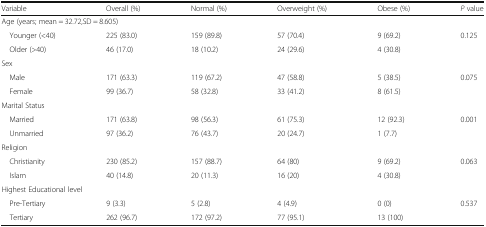
| Variable | Overall (%) | Normal (%) | Overweight (%) | Obese (%) | P value |
 | --- | --- | --- | --- | --- | --- |
 | <COLSPAN=6> Age (years; mean = 32.72,SD = 8.605) |
 | Younger (<40) | 225 (83.0) | 159 (89.8) | 57 (70.4) | 9 (69.2) | <ROWSPAN=2> 0.125 |
 | Older (>40) | 46 (17.0) | 18 (10.2) | 24 (29.6) | 4 (30.8) |
 | <COLSPAN=6> Sex |
 | Male | 171 (63.3) | 119 (67.2) | 47 (58.8) | 5 (38.5) | <ROWSPAN=2> 0.075 |
 | Female | 99 (36.7) | 58 (32.8) | 33 (41.2) | 8 (61.5) |
 | <COLSPAN=6> Marital Status |
 | Married | 171 (63.8) | 98 (56.3) | 61 (75.3) | 12 (92.3) | <ROWSPAN=2> 0.001 |
 | Unmarried | 97 (36.2) | 76 (43.7) | 20 (24.7) | 1 (7.7) |
 | <COLSPAN=6> Religion |
 | Christianity | 230 (85.2) | 157 (88.7) | 64 (80) | 9 (69.2) | <ROWSPAN=2> 0.063 |
 | Islam | 40 (14.8) | 20 (11.3) | 16 (20) | 4 (30.8) |
 | <COLSPAN=6> Highest Educational level |
 | Pre-Tertiary | 9 (3.3) | 5 (2.8) | 4 (4.9) | 0 (0) | <ROWSPAN=2> 0.537 |
 | Tertiary | 262 (96.7) | 172 (97.2) | 77 (95.1) | 13 (100) |